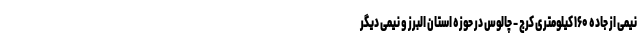
نیمی از جاده ۱۶۰ کیلومتری کرج - چالوس در حوزه استان البرز و نیمی دیگر